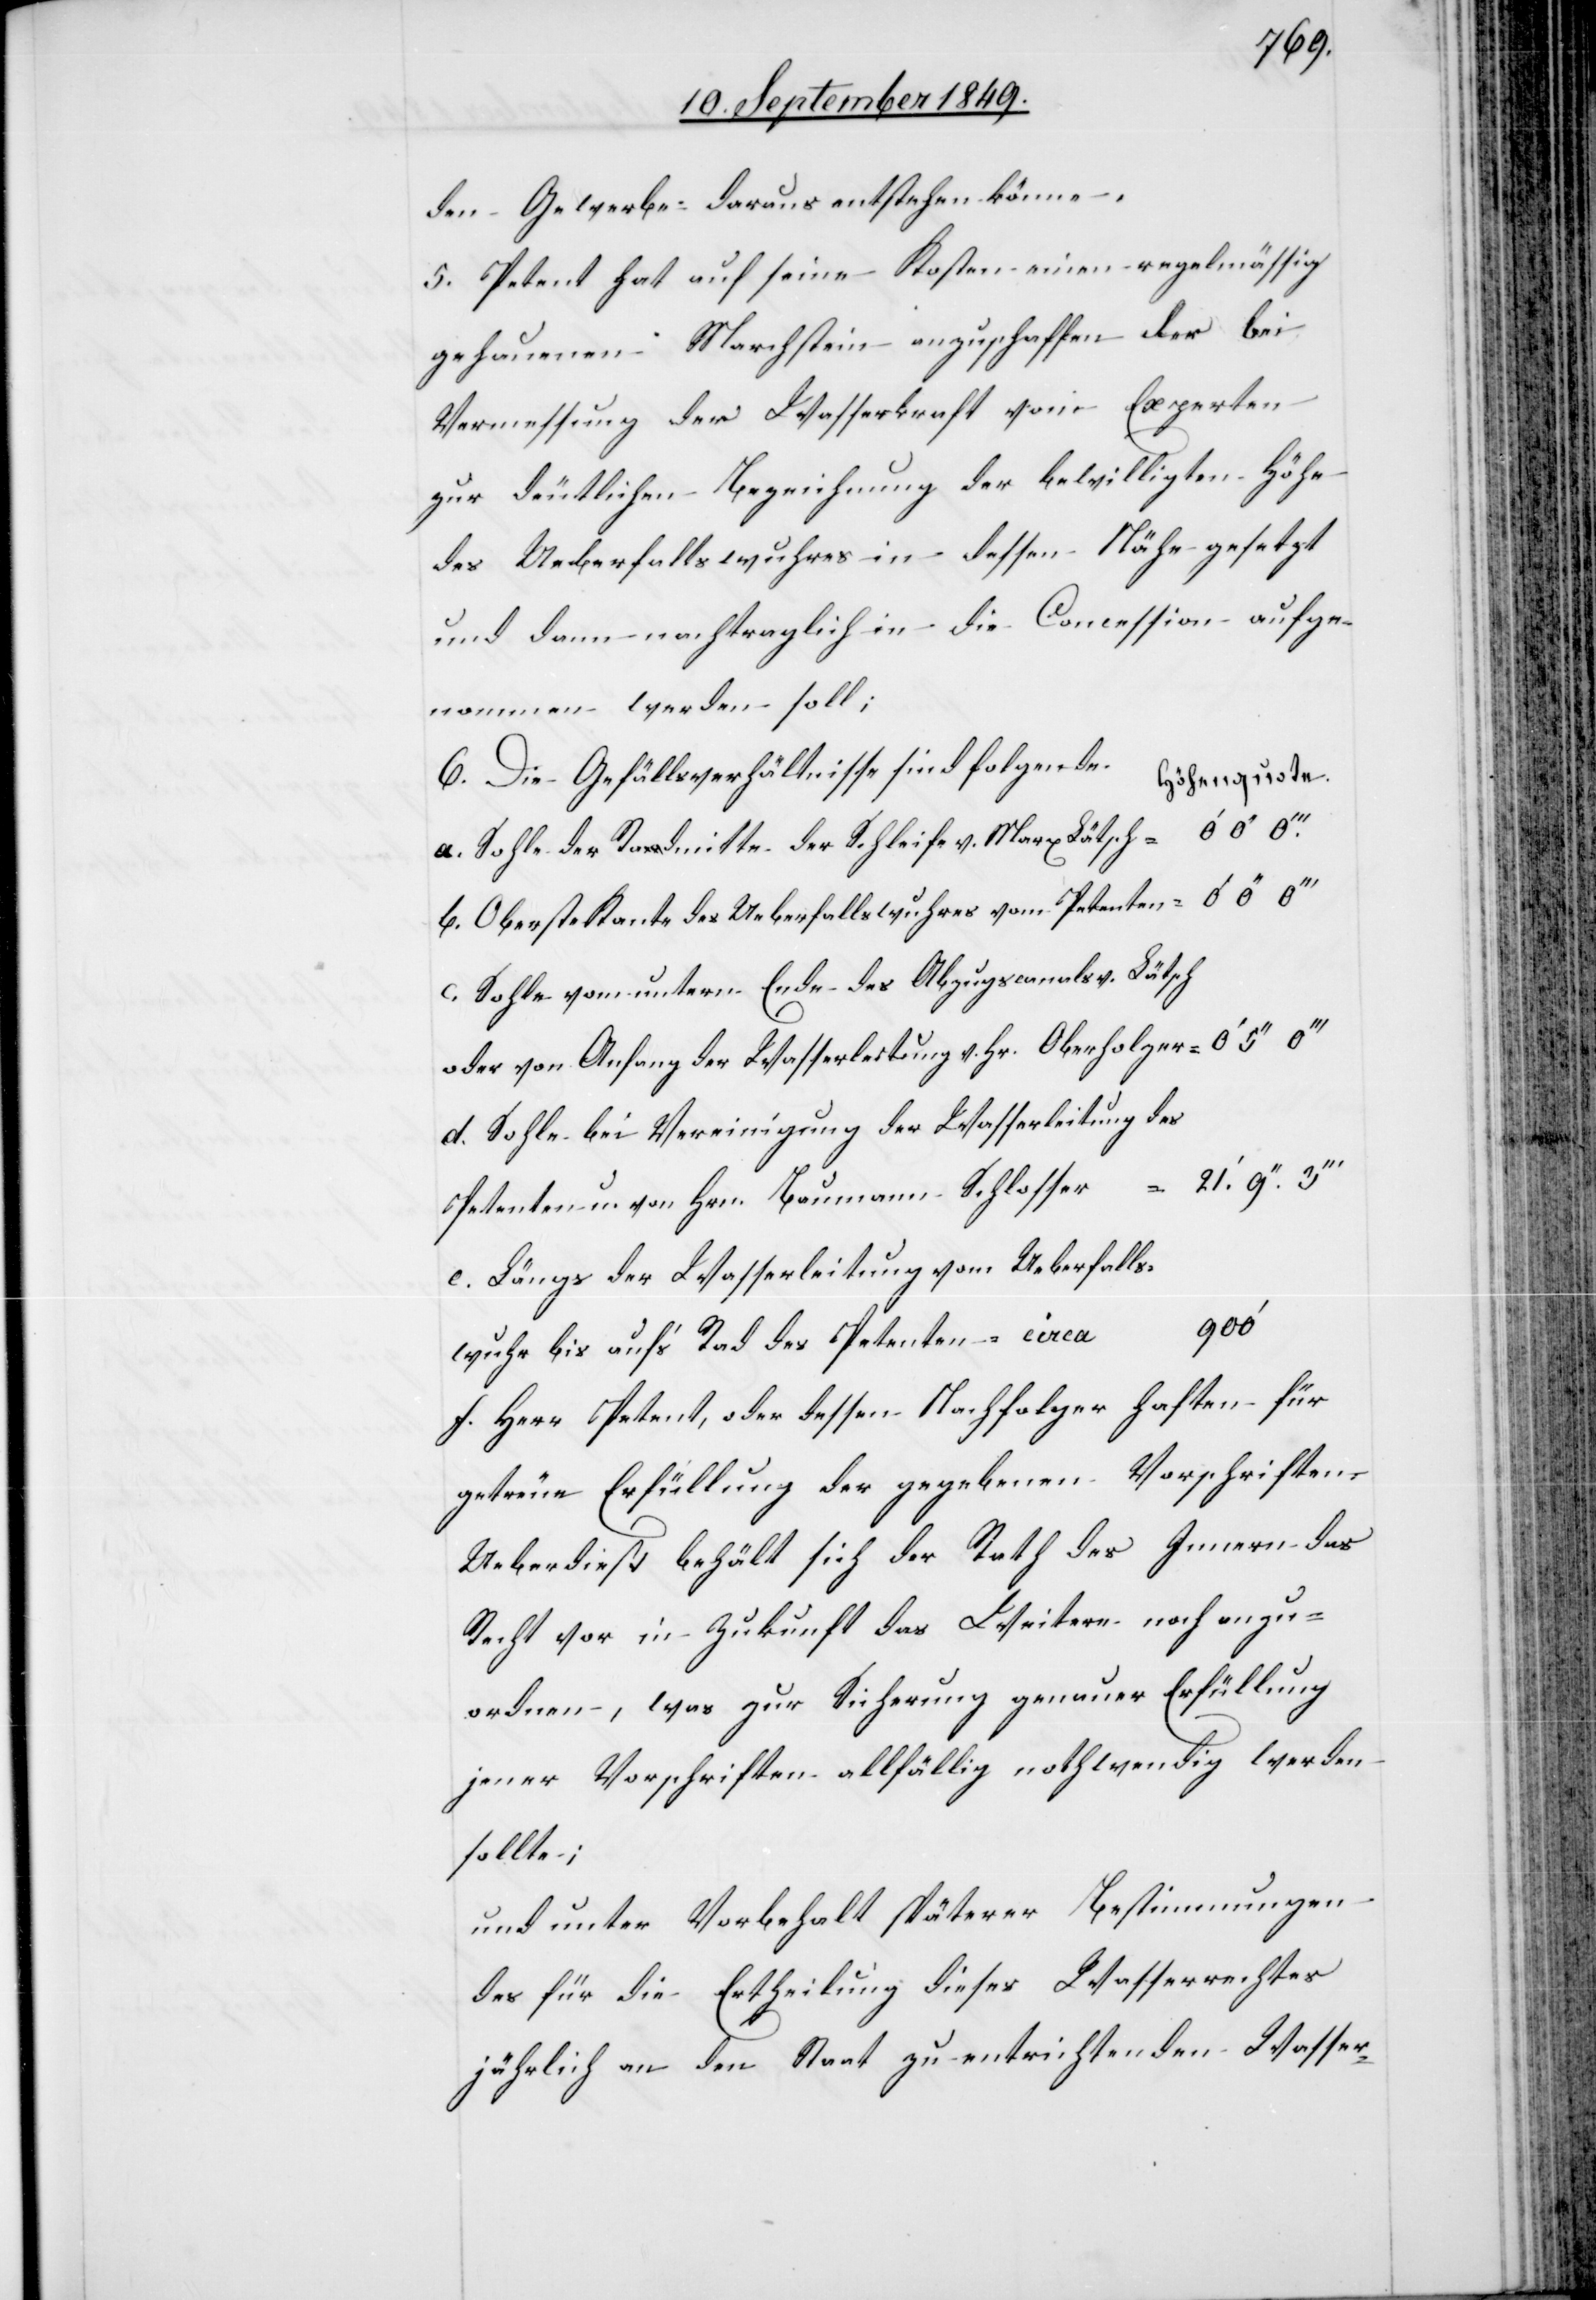
wuhr
den Gewerbe daraus entstehen könne.
5. Petent hat auf seine Kosten einen regelmässig
gehauenen Marchstein anzuschaffen der bei
Vermessung der Wasserkraft von Experten
zur deutlichen Bezeichnung der bewilligten Höhe
des Ueberfallswuhres in dessen Nähe gesetzt
und dann nachtraglich [sic!] in die Concession aufge¬
nommen werden soll;
6. Die Gefällsverhältnisse sind folgende	H¬
öhenquote.
a. Sohle der Radmitte der Schleife v. Marx Lätsch =	0‘ 0‘‘
b. Oberste Kante des Ueberfallswuhres vom Petenten =	0‘
c. Sohle vom untern Ende des Abzugscanals v. Lätsch
oder von Anfang der Wasserleitung v. Hr. Oberholzer =	0‘ 5‘‘
d. Sohle bei Vereinigung der Wasserleitung des
e. Längs der Wasserleitung vom Ueberfalls¬
f. Herr Petent, oder dessen Nachfolger haften für
getreue Erfüllung der gegebenen Vorschriften.
Ueberdieß behält sich der Rath des Innern das
Recht vor in Zukunft das Weitere noch anzu¬
ordnen, was zur Sicherung genauer Erfüllung
jener Vorschriften allfällig nothwendig werden
sollte;
und unter Vorbehalt späterer Bestimmungen
des für die Ertheilung dieses Wasserrechts
jährlich an den Staat zu entrichtenden Wasser-